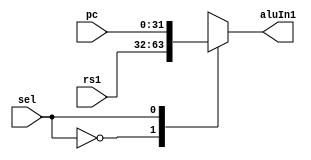
module alumux(
    input wire sel,
    input wire[31:0] rs1,
    input wire[31:0] pc,
    output reg[31:0] aluIn1
);

always @(*) begin
    case(sel)
    1'b0: aluIn1 = rs1;
    1'b1: aluIn1 = pc;
    endcase

end

endmodule